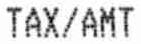
TAX/AMT